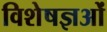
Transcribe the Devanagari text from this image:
विशेषज्ञओं